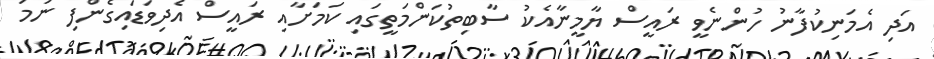
އަދި އެމަނިކުފާނު ހުންނެވީ ރައީސް ޔާމީނާއެކު ސާބިތުކަންމަތީގައި ކަމަށާއި ރައީސް އެދިވަޑައިގެންފި ނަމަ